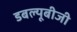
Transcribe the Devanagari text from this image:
डबल्यूबीजी